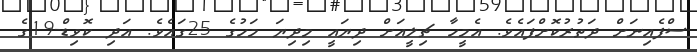
ސްޕެއިނަށް ދަތުރުކޮށްފައެވެ. އެމީހާ ޗިލީއަށް ދިޔައީ މިދިޔަ މަހުގެ 25ގައެވެ. އަދި ކޮވިޑް-19ގެ